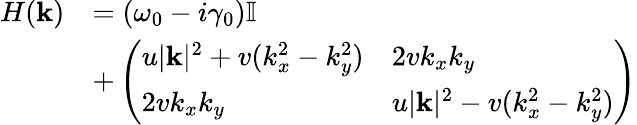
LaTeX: \begin{array}{rl}{H(\mathbf{k})}&{=(\omega_{0}-i\gamma_{0})\mathbb{I}}\\ &{+\left(\begin{array}{ll}{u|\mathbf{k}|^{2}+v(k_{x}^{2}-k_{y}^{2})}&{2vk_{x}k_{y}}\\ {2vk_{x}k_{y}}&{u|\mathbf{k}|^{2}-v(k_{x}^{2}-k_{y}^{2})}\end{array}\right)}\end{array}